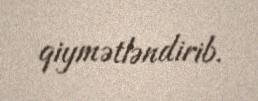
qiymətləndirib.